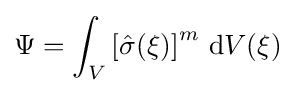
\Psi =\int _{V}\left[{\hat {\sigma }}(\xi )\right]^{m}\,{\mbox{d}}V(\xi )